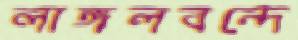
লাঙ্গলবন্দে